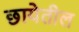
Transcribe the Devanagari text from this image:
छायेतील